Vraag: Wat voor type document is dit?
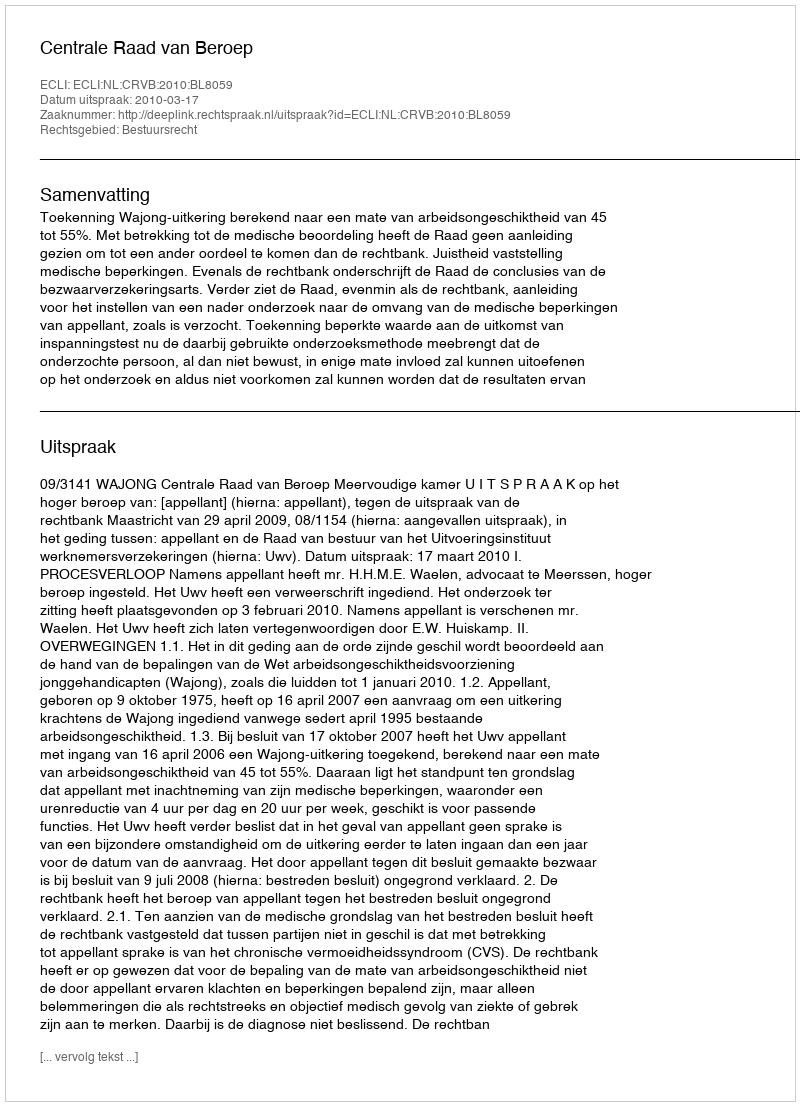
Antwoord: Uitspraak